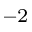
^ { - 2 }